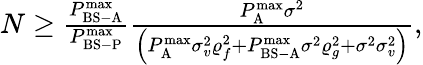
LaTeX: \begin{array}{r}{N\ge\frac{{P_{{\mathrm{BS-A}}}^{{\operatorname*{max}}}}}{{P_{{\mathrm{BS-P}}}^{{\operatorname*{max}}}}}\frac{{P_{\mathrm{A}}^{{\operatorname*{max}}}{\sigma^{2}}}}{{\left({P_{\mathrm{A}}^{{\operatorname*{max}}}\sigma_{v}^{2}\varrho_{f}^{2}+P_{{\mathrm{BS-A}}}^{{\operatorname*{max}}}{\sigma^{2}}\varrho_{g}^{2}+{\sigma^{2}}\sigma_{v}^{2}}\right)}},}\end{array}